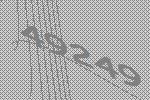
49249